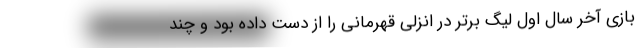
بازی آخر سال اول لیگ برتر در انزلی قهرمانی را از دست داده بود و چند